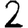
Digit: 2